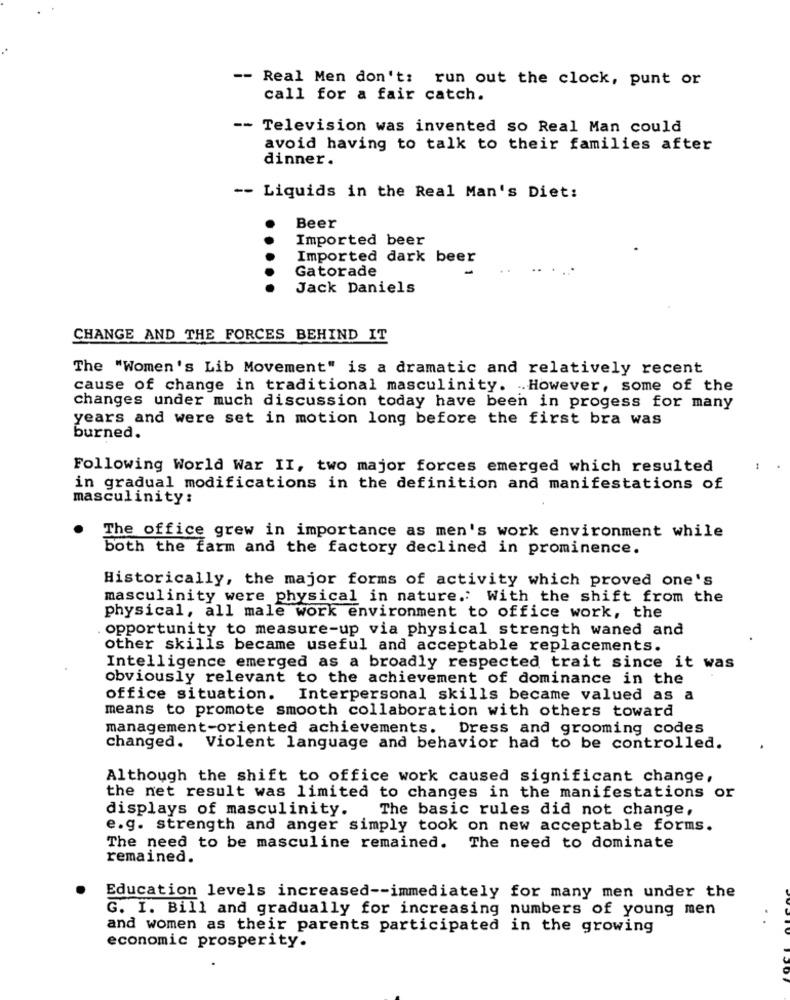
-- Real Men don't: run out the clock, punt or
call for a fair catch.
-- Television was invented so Real Man could
avoid having to talk to their families after
dinner.
-- Liquids in the Real Man's Diet:
Beer
Imported beer
..
Imported dark beer
Gatorade
Jack Daniels
CHANGE AND THE FORCES BEHIND IT
The "Women's Lib Movement" is a dramatic and relatively recent
cause of change in traditional masculinity. However, some of the
changes under much discussion today have been in progess for many
years and were set in motion long before the first bra was
burned.
Following World War II, two major forces emerged which resulted
in gradual modifications in the definition and manifestations of
masculinity:
The office grew in importance as men's work environment while
both the farm and the factory declined in prominence.
Historically, the major forms of activity which proved one's
masculinity were physical in nature. With the shift from the
physical, all male work environment to office work, the
. opportunity to measure-up via physical strength waned and
other skills became useful and acceptable replacements.
Intelligence emerged as a broadly respected trait since it was
obviously relevant to the achievement of dominance in the
office situation. Interpersonal skills became valued as a
means to promote smooth collaboration with others toward
management-oriented achievements.
Dress and grooming codes
changed. Violent language and behavior had to be controlled.
Although the shift to office work caused significant change,
the net result was limited to changes in the manifestations or
displays of masculinity.
The basic rules did not change,
e.g. strength and anger simply took on new acceptable forms.
The need to be masculine remained. The need to dominate
remained.
Education levels increased -- immediately for many men under the
G. I. Bill and gradually for increasing numbers of young men
and women as their parents participated in the growing
economic prosperity.